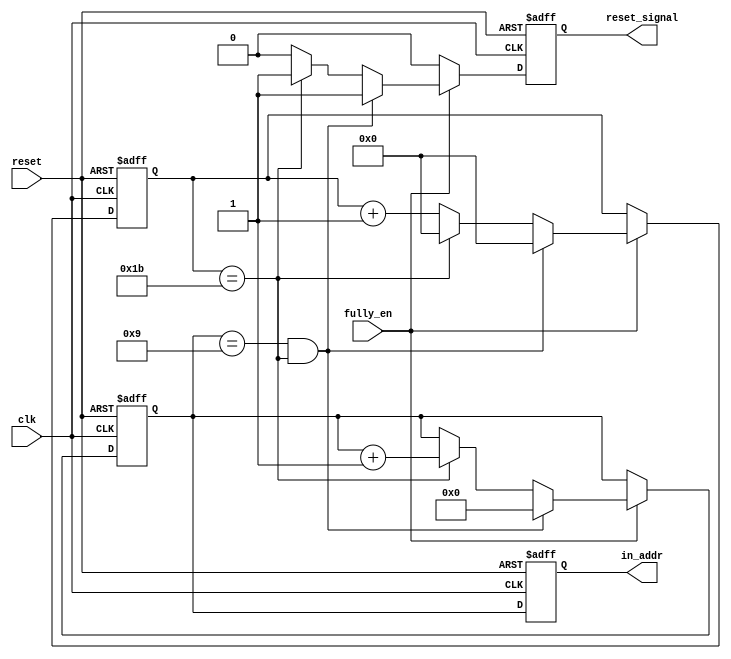
`timescale 1ns / 1ps
//////////////////////////////////////////////////////////////////////////////////
// Company: 
// Engineer: 
// 
// Design Name: 
// Module Name: fully_count
// Project Name: 
// Target Devices: 
// Tool Versions: 
// Description: 
// 
// Dependencies: 
// 
// Revision:
// Revision 0.01 - File Created
// Additional Comments:
// 
//////////////////////////////////////////////////////////////////////////////////


module fully_count(reset, clk, fully_en, in_addr, reset_signal );

input reset, clk;
input fully_en;
output reg [3:0] in_addr;
//output reg [3:0] out_addr;
output reg reset_signal;
reg [5:0] count;

reg [3:0] delay;//make delay fully's input address 

always @ (posedge clk or negedge reset)
begin
    if( !reset )
    begin
        in_addr <= 0;
        delay <= 0;
        reset_signal <= 0;
        count <= 0;
    end
    else
    begin
        in_addr <= delay;
        if(fully_en)
        begin
            if((delay == 9) && (count == 27))
            begin
                reset_signal <= 1;
                delay <= 0;
                count <= 0;
            end
            else if(count == 27)
            begin
                reset_signal <= 1;
                delay <= delay +1;
                count <=0;
            end
            else
            begin
                reset_signal <= 0;
                count <= count + 1;
            end
        end
        else
        begin
            reset_signal <= 0;
        end
    end
end
endmodule